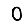
Digit: 0